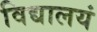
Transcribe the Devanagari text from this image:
विद्यालयं